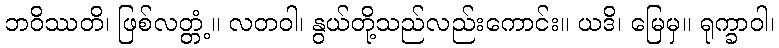
ဘဝိဿတိ၊ ဖြစ်လတ္တံ့။ လတဝါ၊ နွယ်တို့သည်လည်းကောင်း။ ယဒိ၊ မြေမှ။ ရုက္ခာဝါ၊